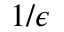
1 / \epsilon